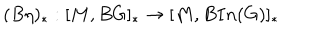
( B \eta ) _ { \ast } : [ M , B G ] _ { \ast } \rightarrow [ M , B I n ( G ) ] _ { \ast }